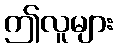
ဤလူများ